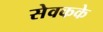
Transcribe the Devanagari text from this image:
सेवकके